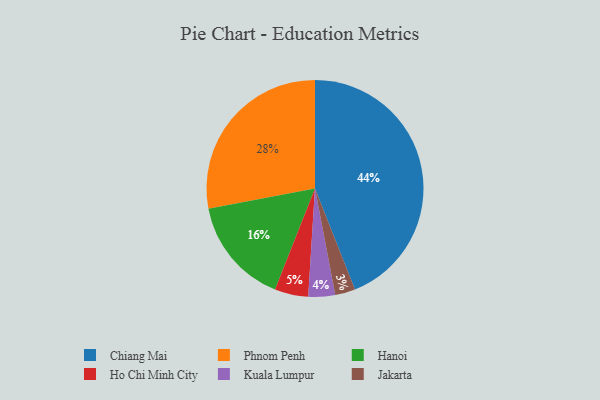
{"axis": {"x": "Category", "y": "Percentage"}, "legend": ["Chiang Mai", "Hanoi", "Ho Chi Minh City", "Jakarta", "Kuala Lumpur", "Phnom Penh"], "data": [{"x": "Hanoi", "y": 16, "type": "Hanoi"}, {"x": "Chiang Mai", "y": 44, "type": "Chiang Mai"}, {"x": "Ho Chi Minh City", "y": 5, "type": "Ho Chi Minh City"}, {"x": "Jakarta", "y": 3, "type": "Jakarta"}, {"x": "Phnom Penh", "y": 28, "type": "Phnom Penh"}, {"x": "Kuala Lumpur", "y": 4, "type": "Kuala Lumpur"}]}